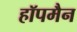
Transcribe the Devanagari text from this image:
हॉपमैन